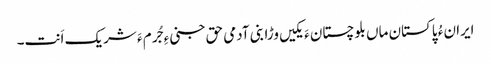
ایران ءُ پاکستان ماں بلوچستان ءَ یکیں وڑا بنی آدمی حق جنی ءِ جُرم ءَ شریک اَنت۔